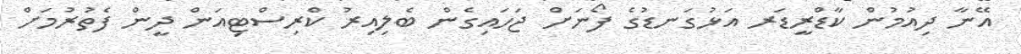
އޭނާ ދިއުމުން ކާޑްރީޑަރ އަޅުގަނޑުގެ ފޯނަށް ޖަހައިގެން ބެލިއިރު ކްރިސްޓިއަން ދީން ފެތުރުމަށް